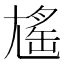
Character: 𡰃